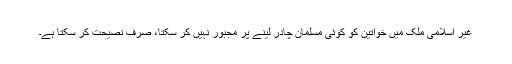
غیر اسلامی ملک میں خواتین کو کوئی مسلمان چادر لینے پر مجبور نہیں کر سکتا، صرف نصیحت کر سکتا ہے۔